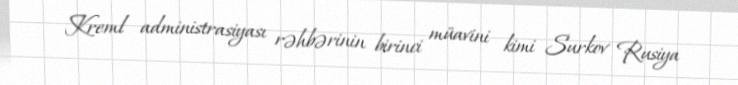
Kreml administrasiyası rəhbərinin birinci müavini kimi Surkov Rusiya